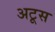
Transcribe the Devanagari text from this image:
अटूस